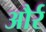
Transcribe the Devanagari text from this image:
और्र